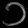
Digit: ၁